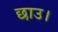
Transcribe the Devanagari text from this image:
छाउ।